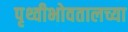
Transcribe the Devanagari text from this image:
पृथ्वीभोवतालच्या